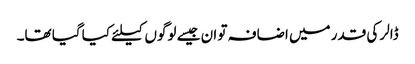
ڈالر کی قدر میں اضافہ تو ان جیسے لوگوں کیلئے کیا گیا تھا۔